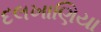
દલખાણિયા